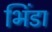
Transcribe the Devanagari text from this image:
भिंडा